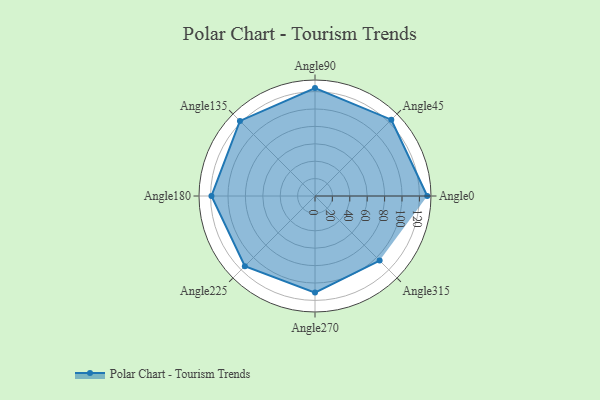
{"axis": {"x": "Angle", "y": "Radius"}, "legend": [""], "data": [{"x": "Angle0", "y": 129.0, "type": ""}, {"x": "Angle45", "y": 124.0, "type": ""}, {"x": "Angle90", "y": 124.0, "type": ""}, {"x": "Angle135", "y": 122.0, "type": ""}, {"x": "Angle180", "y": 119.0, "type": ""}, {"x": "Angle225", "y": 114.0, "type": ""}, {"x": "Angle270", "y": 111.0, "type": ""}, {"x": "Angle315", "y": 105.0, "type": ""}]}